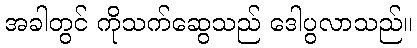
အခါတွင် ကိုသက်ဆွေသည် ဒေါပွလာသည်။